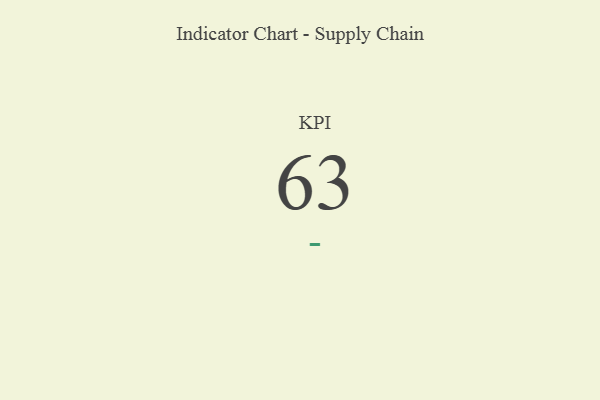
{"axis": {"x": "KPI", "y": "Value"}, "legend": [""], "data": [{"x": "KPI", "y": 63, "type": ""}]}